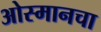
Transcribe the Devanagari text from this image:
ओस्मानचा